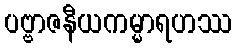
ပဗ္ဗာဇနီယကမ္မာရဟဿ